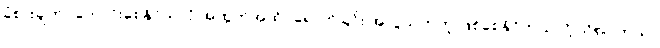
ခံစားချက်ပိုကောင်းစေနိုင်သလို အထွတ်အထိပ်ရောက်ခြင်း အလွယ်တကူ ဖြစ်စေနိုင်တယ်လို့ သိရပါတယ်။